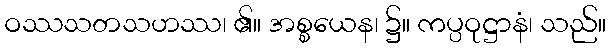
ဝဿသတသဟဿ၊ ၏။ အစ္စယေန၊ ၌။ ကပ္ပဝုဋ္ဌာနံ၊ သည်။